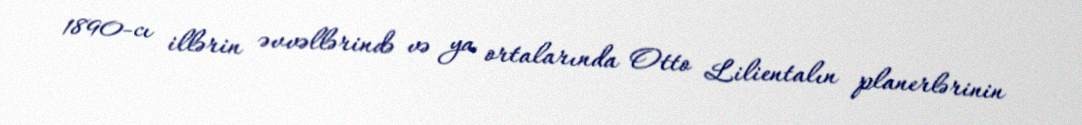
1890-cı illərin əvvəllərində və ya ortalarında Otto Lilientalın planerlərinin